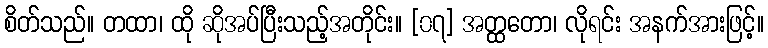
စိတ်သည်။ တထာ၊ ထို ဆိုအပ်ပြီးသည့်အတိုင်း။ [၀၇] အတ္ထတော၊ လိုရင်း အနက်အားဖြင့်။